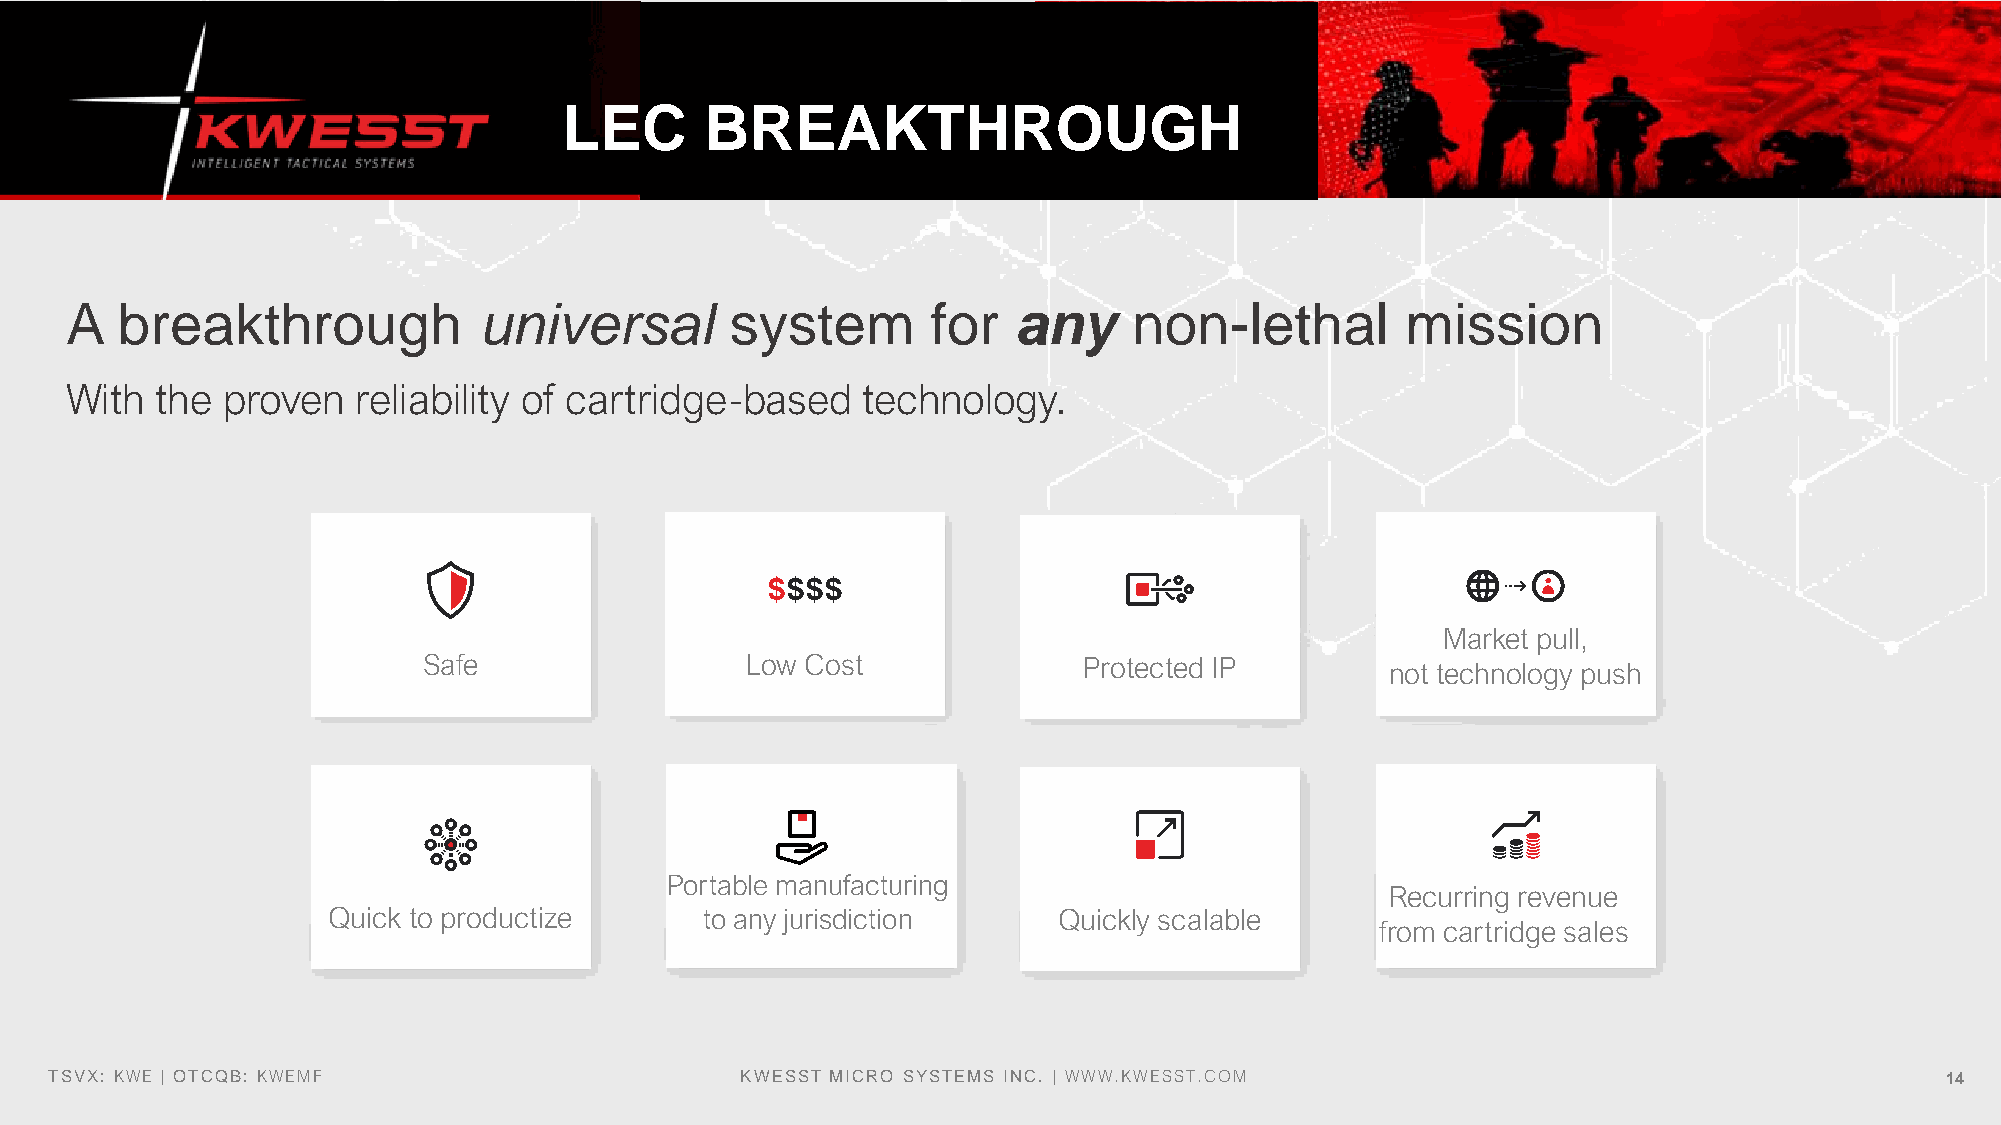
LEC       BREAKTHROUGH
 A   breakthrough            universal       system        for  any     non-lethal        mission
 With  the  proven   reliability of cartridge-based   technology.
 Market pull,
 Safe                 Low Cost               Protected IP        not technology push
 Portable manufacturing
 Recurring revenue
 Quick to productize      to any jurisdiction    Quickly scalable
 from cartridge sales
 TSVX: KWE | OTCQB: KWEMF                      KWESST MICRO SYSTEMS INC. | WWW.KWESST.COM                                      14